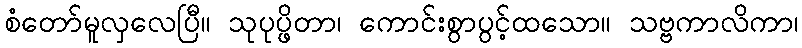
စံတော်မူလှလေပြီ။ သုပုပ္ဖိတာ၊ ကောင်းစွာပွင့်ထသော။ သဗ္ဗကာလိကာ၊